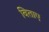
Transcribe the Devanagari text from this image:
विताए